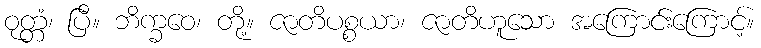
ဝုတ္တံ၊ ပြီ။ ဘိက္ခဝေ၊ တို့။ ဇာတိပစ္စယာ၊ ဇာတိဟူသော အကြောင်းကြောင့်။